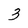
Character: 3